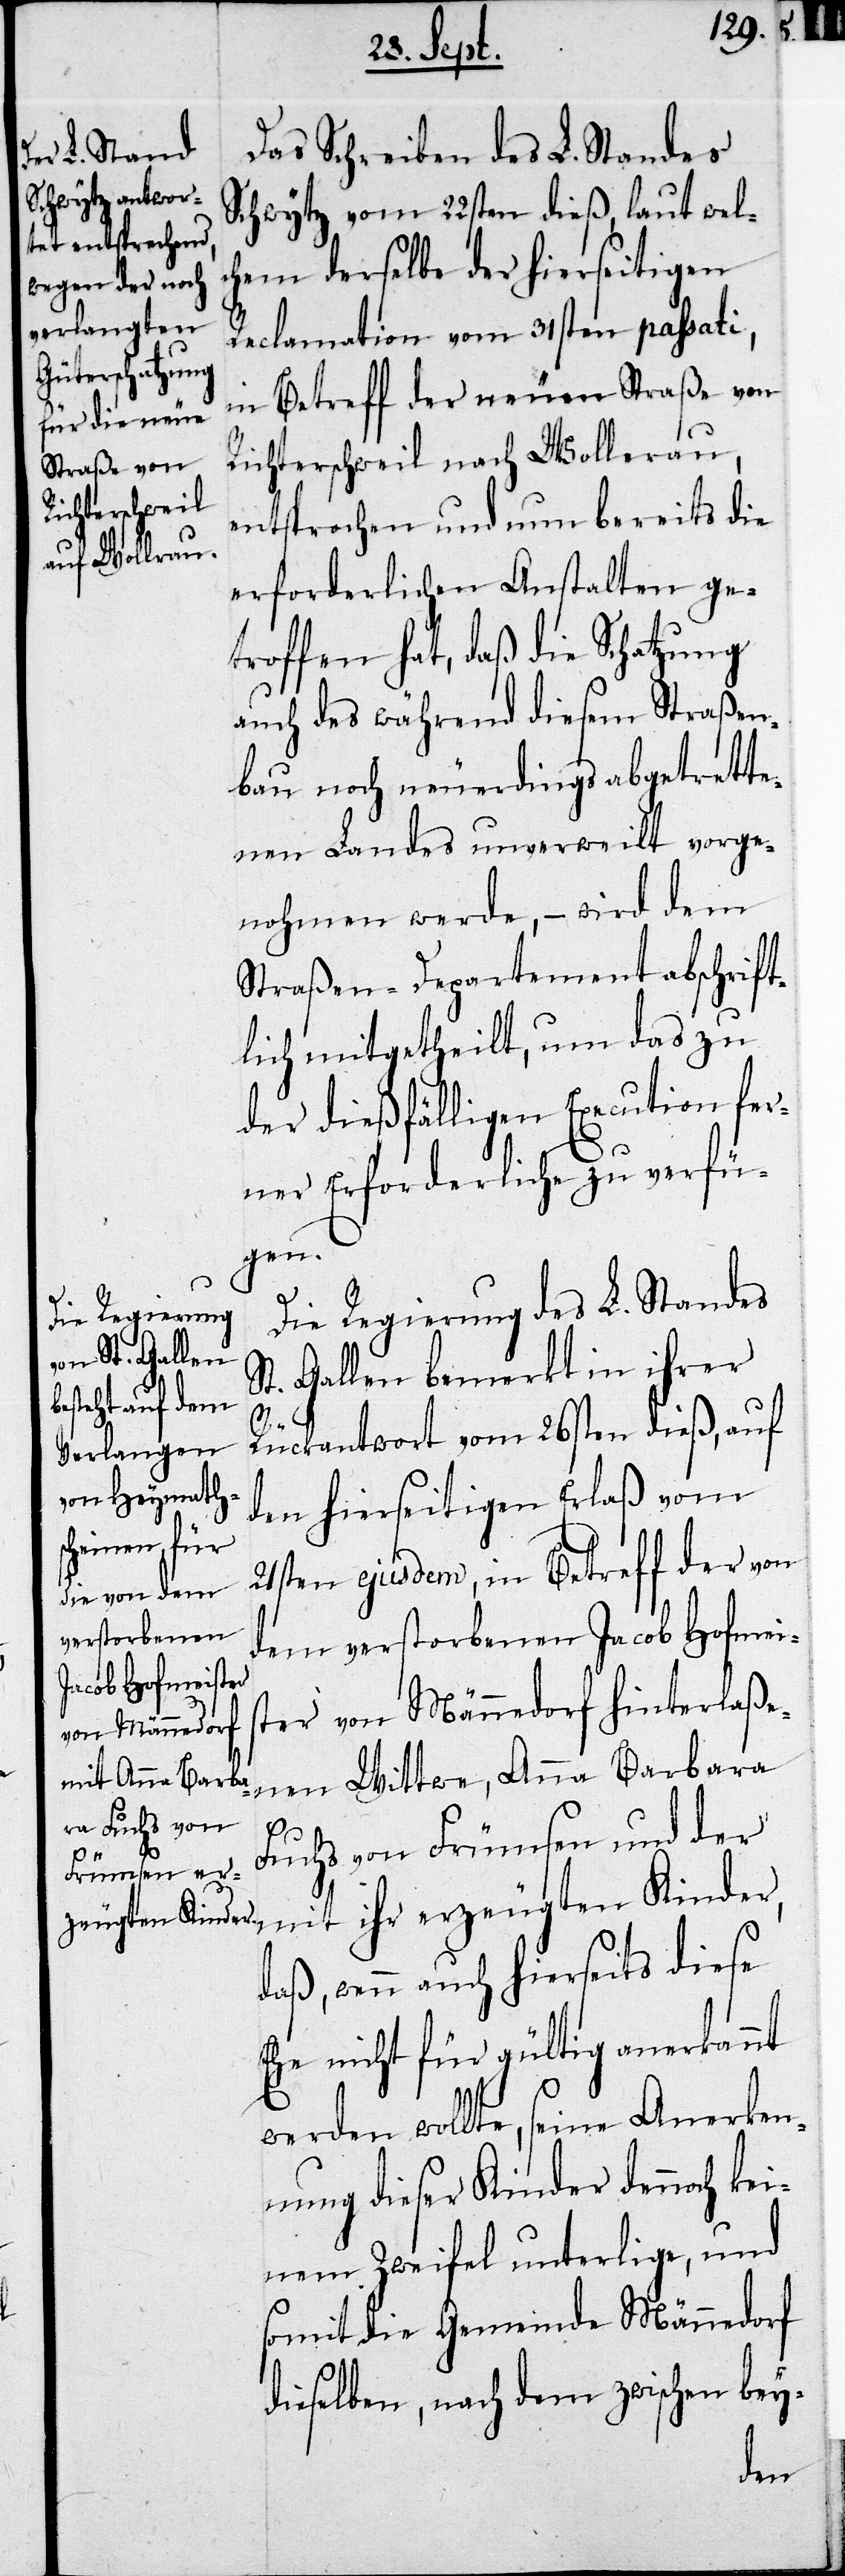
Das Schreiben des L. Standes
Schwytz vom 22sten dieß, laut wel¬
chem derselbe der hierseitigen
Reclamation vom 31sten paßati,
in Betreff der neuen Straße von
Richterschweil nach Wollerau,
entsprochen und nun bereits die
erforderlichen Anstalten ge¬
troffen hat, daß die Schatzung
auch des während diesem Straßen¬
bau noch neuerdings abgetrette¬
nen Landes unverweilt vorge¬
nohmen werde, – wird dem
Straßen-Departement abschrift¬
lich mitgetheilt, um das zu
der dießfälligen Execution fer¬
ner Erforderliche zu verfü¬
gen.
Die Regierung des L. Standes
St. Gallen bemerkt in ihrer
Rückantwort von 26sten dieß, auf
den hierseitigen Erlaß vom
21sten ejusdem, in Betreff der von
dem verstorbenen Jacob Hofmeis¬
ter von Männedorf hinterlaße¬
nen Wittwe, Anna Barbara
Fuchs von Frümsen und der
mit ihr erzeugten Kinder,
daß, wenn auch hierseits diese
Ehe nicht für gültig anerkannt
werden wollte, seine Anerken¬
nung dieser Kinder dennoch kei¬
nem Zweifel unterlige, und
somit die Gemeinde Männedorf
dieselben, nach dem zwischen bey-